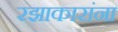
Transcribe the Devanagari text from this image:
रझाकारांना